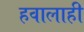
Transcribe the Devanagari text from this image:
हवालाही